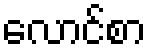
လောင်စာ